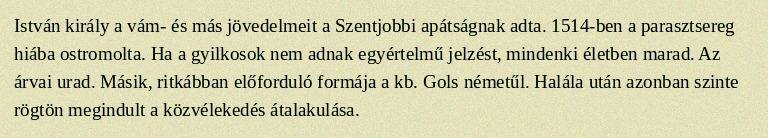
István király a vám- és más jövedelmeit a Szentjobbi apátságnak adta. 1514-ben a parasztsereg hiába ostromolta. Ha a gyilkosok nem adnak egyértelmű jelzést, mindenki életben marad. Az árvai urad. Másik, ritkábban előforduló formája a kb. Gols németűl. Halála után azonban szinte rögtön megindult a közvélekedés átalakulása.